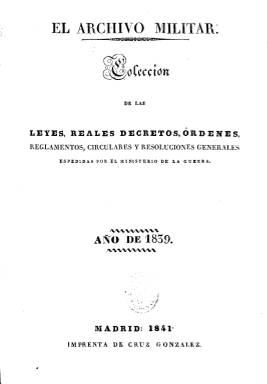
Título: Colección de las leyes, reales decretos, órdenes, reglamentos, circulares y resoluciones generales espedidas [sic] por el Ministerio de la Guerra
Colección: Fuerzas armadas
Ámbito geográfico: Madrid
Lugar de publicación: Madrid
Fechas: 01/01/1839-31/12/1846

Tras la publicación de la primera serie del semanario El archivo militar (1841), su propietario y director, el erudito en códigos militares españoles Antonio Vallecillo Luján (1807-1880) decide, a partir de septiembre, escindir su periódico en tres secciones independientes: Militar, Política y Legislativa. Probablemente, esta última sea esta Colección de las leyes… En ella, Vallecillo, que a la sazón era oficial del Ministerio de la Guerra, da cuenta, por orden cronológico, de toda la normativa legal expedida por este departamento y las direcciones generales e inspecciones de las diversas armas y cuerpos del ejército español, sobre organización, administración, presupuestos, personal, nombramientos, distinciones, reclutamiento, academias, armamento, táctica, tribunales, prisioneros, indultos, formularios, etc., concerniente tanto a las unidades de la península como a las de ultramar. El primer volumen compila la legislación del año 1839 y aparece en fascículos semanales (cada sábado) impresos en 1841, formando un tomo con un total de 256 páginas. Los tomos de la legislación emitida en 1840 (148 páginas) y en 1841 (362 páginas), integran el siguiente volumen. La colección no contiene los años 1842 y 1843, pero, al parecer, sus fascículos pudieron seguir saliendo semanalmente (esta vez, los lunes). Desde junio de 1843 se publican como apéndice de la segunda época de El archivo militar (1842), en entregas de 64 páginas en los primeros días de cada mes. Las entregas del tomo de 1844 aparecen como suplemento del periódico El boletín del Ejército, continuador, también, de la segunda época de El archivo militar (1842). Cada tomo de esta Colección… (Vallecillo también pretendió compilar la legislación de 1838) cuenta al final con un índice, también cronológico, excepto el del año 1844, que lo es alfabético de materias. Esta labor compilatoria la continuó, posteriormente, El boletín oficial del ejército (1847-1851). Véase, también, este último título y los demás citados, en esta colección de la Hemeroteca Digital de la BNE.